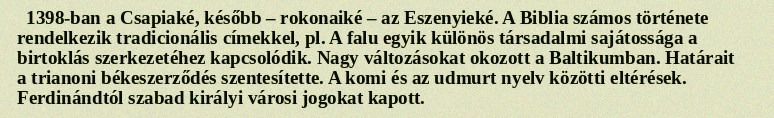
1398-ban a Csapiaké, később – rokonaiké – az Eszenyieké. A Biblia számos története rendelkezik tradicionális címekkel, pl. A falu egyik különös társadalmi sajátossága a birtoklás szerkezetéhez kapcsolódik. Nagy változásokat okozott a Baltikumban. Határait a trianoni békeszerződés szentesítette. A komi és az udmurt nyelv közötti eltérések. Ferdinándtól szabad királyi városi jogokat kapott.